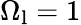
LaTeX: \Omega_{\mathrm{l}}=1